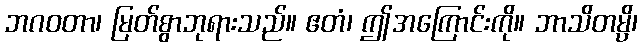
ဘဂဝတာ၊ မြတ်စွာဘုရားသည်။ ဧတံ၊ ဤအကြောင်းကို။ ဘာသိတမ္ပိ၊